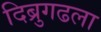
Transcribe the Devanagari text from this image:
दिब्रुगढला